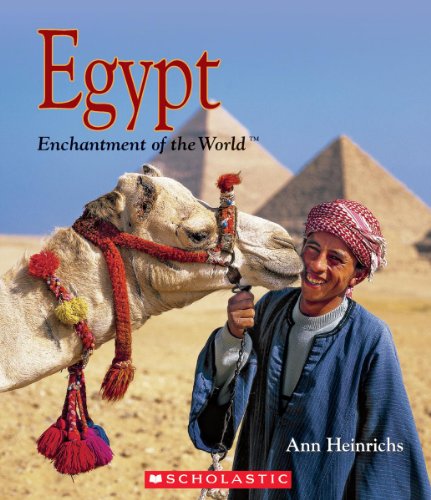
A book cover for Egypt (Enchantment of the World. Second Series); Ann Heinrichs; Children's Books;